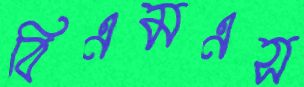
বিএমএস